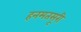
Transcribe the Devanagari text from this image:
हनमतसूरी